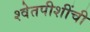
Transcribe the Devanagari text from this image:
श्वेतपीशींची